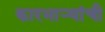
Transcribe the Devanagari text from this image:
कारभार्‍यांची